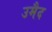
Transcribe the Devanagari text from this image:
उमैद